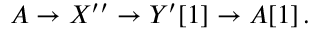
A \to X ^ { \prime \prime } \to Y ^ { \prime } [ 1 ] \to A [ 1 ] \, .